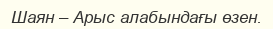
Шаян – Арыс алабындағы өзен.